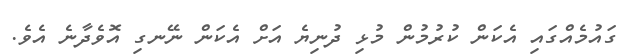
ގައުމެއްގައި އެކަން ކުރުމުން މުޅި ދުނިޔެ އަށް އެކަން ނޭނގި އޮވެދާނެ އެވެ.